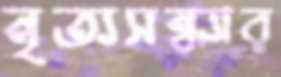
নৃত্যসন্ধ্যার